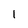
Character: 1